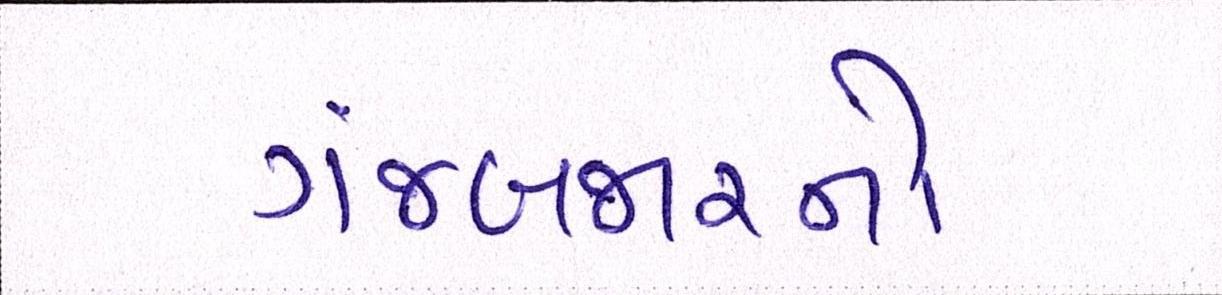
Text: ગંજબજારનો